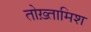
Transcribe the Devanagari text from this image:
तोख़्तामिश